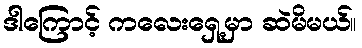
ဒါကြောင့် ကလေးရှေ့မှာ ဆဲမိမယ်။